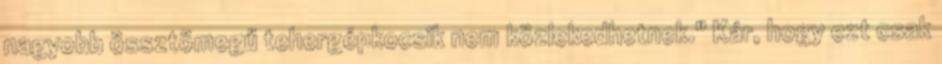
nagyobb össztömegű tehergépkocsik nem közlekedhetnek." Kár, hogy ezt csak